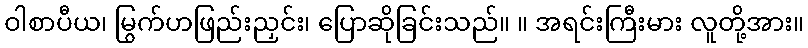
ဝါစာပီယ၊ မြွက်ဟဖြည်းညှင်း၊ ပြောဆိုခြင်းသည်။ ။ အရင်းကြီးမား လူတို့အား။